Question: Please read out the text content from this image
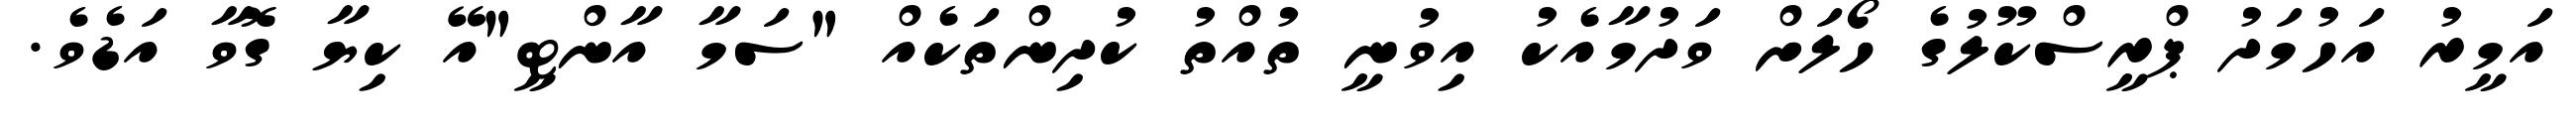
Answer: އަމީރު އަހުމަދު ޕްރީސްކޫލުގެ ހޯލަށް ވަދުމާއެކު އިވުނީ ތުއްތު ކުދިންތަކެއް "ސަމާ އާންޓީ"އޭ ކިޔާ ގޮވާ އަޑެވެ.